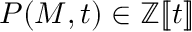
P ( M , t ) \in \mathbb { Z } [ \! [ t ] \! ]